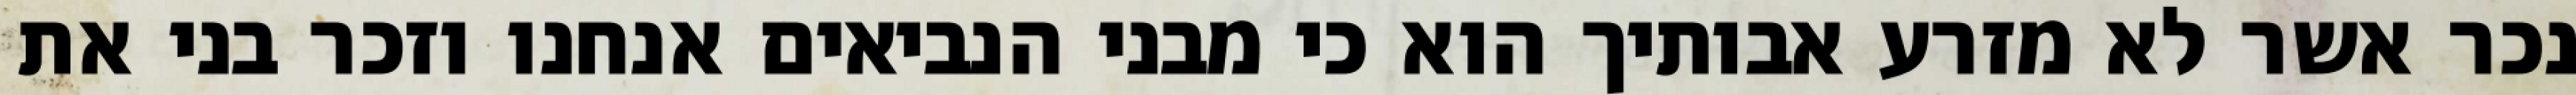
נכר אשר לא מזרע אבותיך הוא כי מבני הנביאים אנחנו וזכר בני את